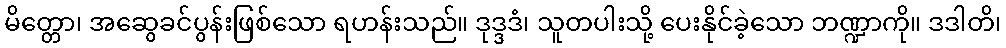
မိတ္တော၊ အဆွေခင်ပွန်းဖြစ်သော ရဟန်းသည်။ ဒုဒ္ဒဒံ၊ သူတပါးသို့ ပေးနိုင်ခဲ့သော ဘဏ္ဍာကို။ ဒဒါတိ၊